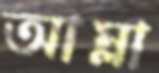
আম্লা